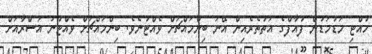
ހުއްޓި މަޑުމަޑުން ފުއާފްގެ އަތުތެރެއިން އޭނަ ބިންމައްޗަށް ވެއްޓުނެވެ. ބިންމައްޗަށް ވެއްޓުނު އަސްރާއަށް